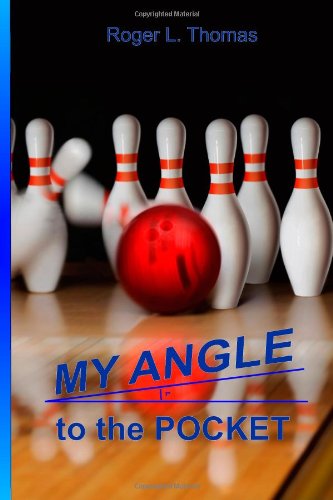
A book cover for My Angle to the Pocket; Roger L Thomas; Sports & Outdoors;